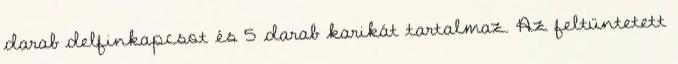
darab delfinkapcsot és 5 darab karikát tartalmaz. Az feltüntetett